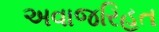
અવાજરિહત